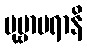
ပုဗ္ဗာပရာနိ